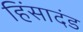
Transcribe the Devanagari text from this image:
हिंसादंड